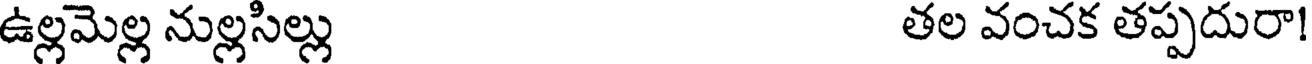
ఉల్లమెల్ల నుల్లసిల్లు తల వంచక తప్పదురా